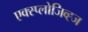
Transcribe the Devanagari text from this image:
एक्स्प्लोजिव्ह्ज